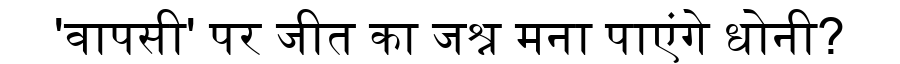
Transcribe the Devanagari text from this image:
'वापसी' पर जीत का जश्न मना पाएंगे धोनी?